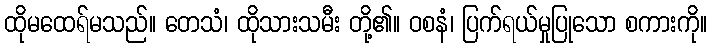
ထိုမထေရ်မသည်။ တေသံ၊ ထိုသားသမီး တို့၏။ ဝစနံ၊ ပြက်ရယ်မှုပြုသော စကားကို။